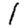
Digit: 1